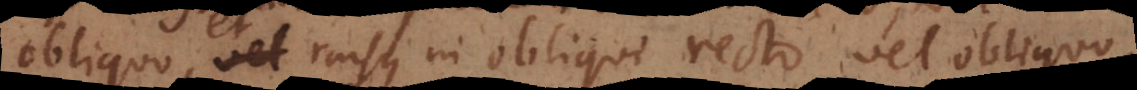
obliquo, vel rursus in obliqui recto vel obliquo,